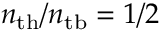
n _ { \mathrm { t h } } / n _ { \mathrm { t b } } = 1 / 2